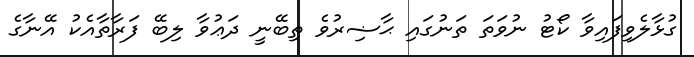
ގުޅާލެވިފައިވާ ކޯޓު ނުވަތަ ތަނުގައި ޙާޟިރުވެ ތިބޭނީ ދަޢުވާ ލިބޭ ފަރާތާއެކު އޭނާގެ